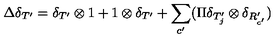
\Delta \delta _ { T ^ { \prime } } = \delta _ { T ^ { \prime } } \otimes 1 + 1 \otimes \delta _ { T ^ { \prime } } + \sum _ { c ^ { \prime } } ( \Pi \delta _ { T _ { j } ^ { \prime } } \otimes \delta _ { R _ { c ^ { \prime } } ^ { \prime } } )